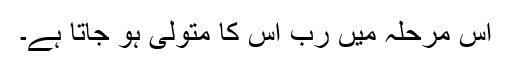
اس مرحلہ میں رب اُس کا متولی ہو جاتا ہے۔